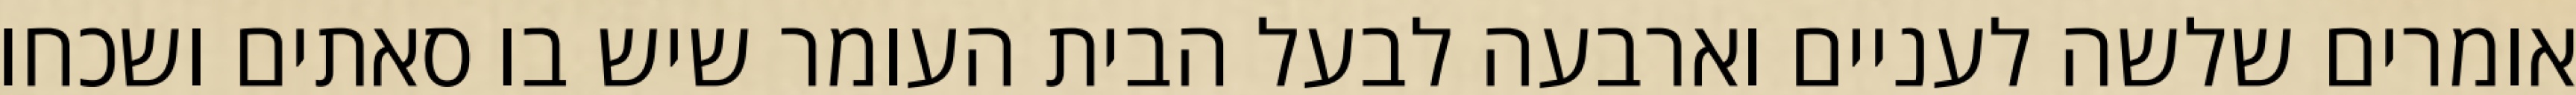
אומרים שלשה לעניים וארבעה לבעל הבית העומר שיש בו סאתים ושכחו